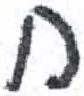
אות: ח